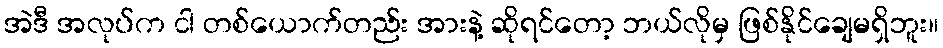
အဲဒီ အလုပ်က ငါ တစ်ယောက်တည်း အားနဲ့ ဆိုရင်တော့ ဘယ်လိုမှ ဖြစ်နိုင်ချေမရှိဘူး။